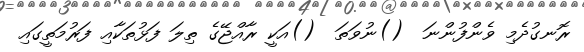
ރޮނގުދެމި ވެންފުންނަ  ()ނުވަތަ  ()އަކީ ރާއްޖޭގެ ތިލަ ފަޅުތަކާއި ފަރުމަތީގައި